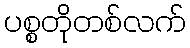
ပစ္စတိုတစ်လက်